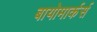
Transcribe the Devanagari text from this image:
बायोमार्कर्स